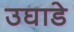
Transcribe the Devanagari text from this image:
उघाडे